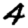
Digit: 4